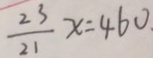
\frac { 2 3 } { 2 1 } x = 4 6 0